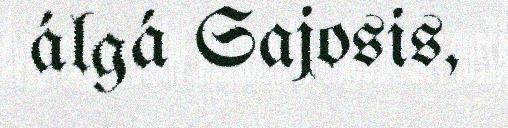
álgá Sajosis,